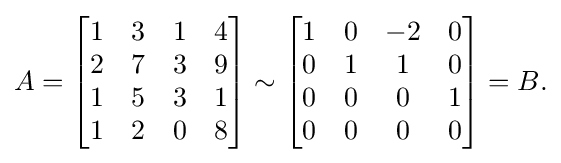
A={\begin{bmatrix}1&3&1&4\\2&7&3&9\\1&5&3&1\\1&2&0&8\end{bmatrix}}\sim {\begin{bmatrix}1&0&-2&0\\0&1&1&0\\0&0&0&1\\0&0&0&0\end{bmatrix}}=B{\text{.}}